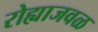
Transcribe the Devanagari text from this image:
रोह्याजवळ